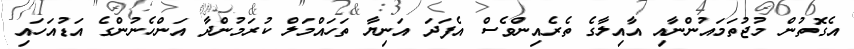
އެގޮތުން މުޖުތަމައުންނާއި އާއިލާގެ ތެރެއިންވެސް އެފަދަ އަނިޔާ ތަހައްމަލް ކުރަމުންދާ އަންހެނުންގެ އަޑުއަހައި